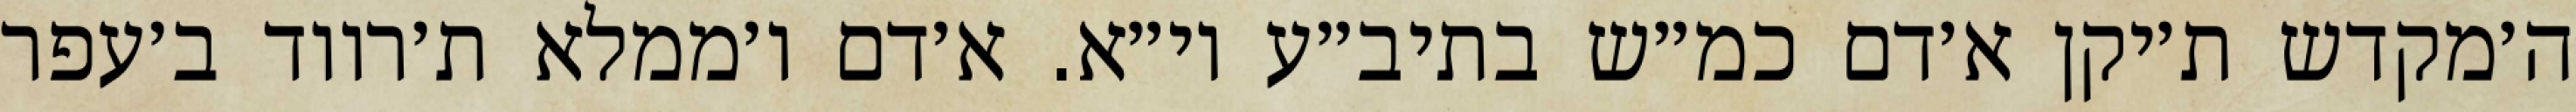
ה׳מקדש ת׳יקן א׳דם כמ״ש בתיב״ע וי״א. א׳דם ו׳ממלא ת׳רווד ב׳עפר